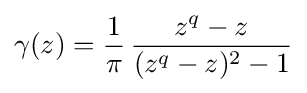
\gamma (z)={\frac {1}{\pi }}\,{\frac {z^{q}-z}{(z^{q}-z)^{2}-1}}